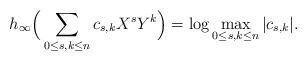
LaTeX: \begin{align*}h_\infty\Big(\sum_{0\leq s,k\leq n}c_{s,k}X^sY^k\Big)=\log\max_{0\leq s,k\leq n}\vert c_{s,k}\vert.\end{align*}